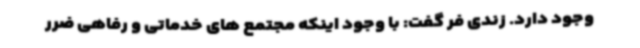
وجود دارد. زندی فر گفت: با وجود اینکه مجتمع های خدماتی و رفاهی ضرر